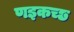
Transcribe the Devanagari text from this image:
णइकच्छ